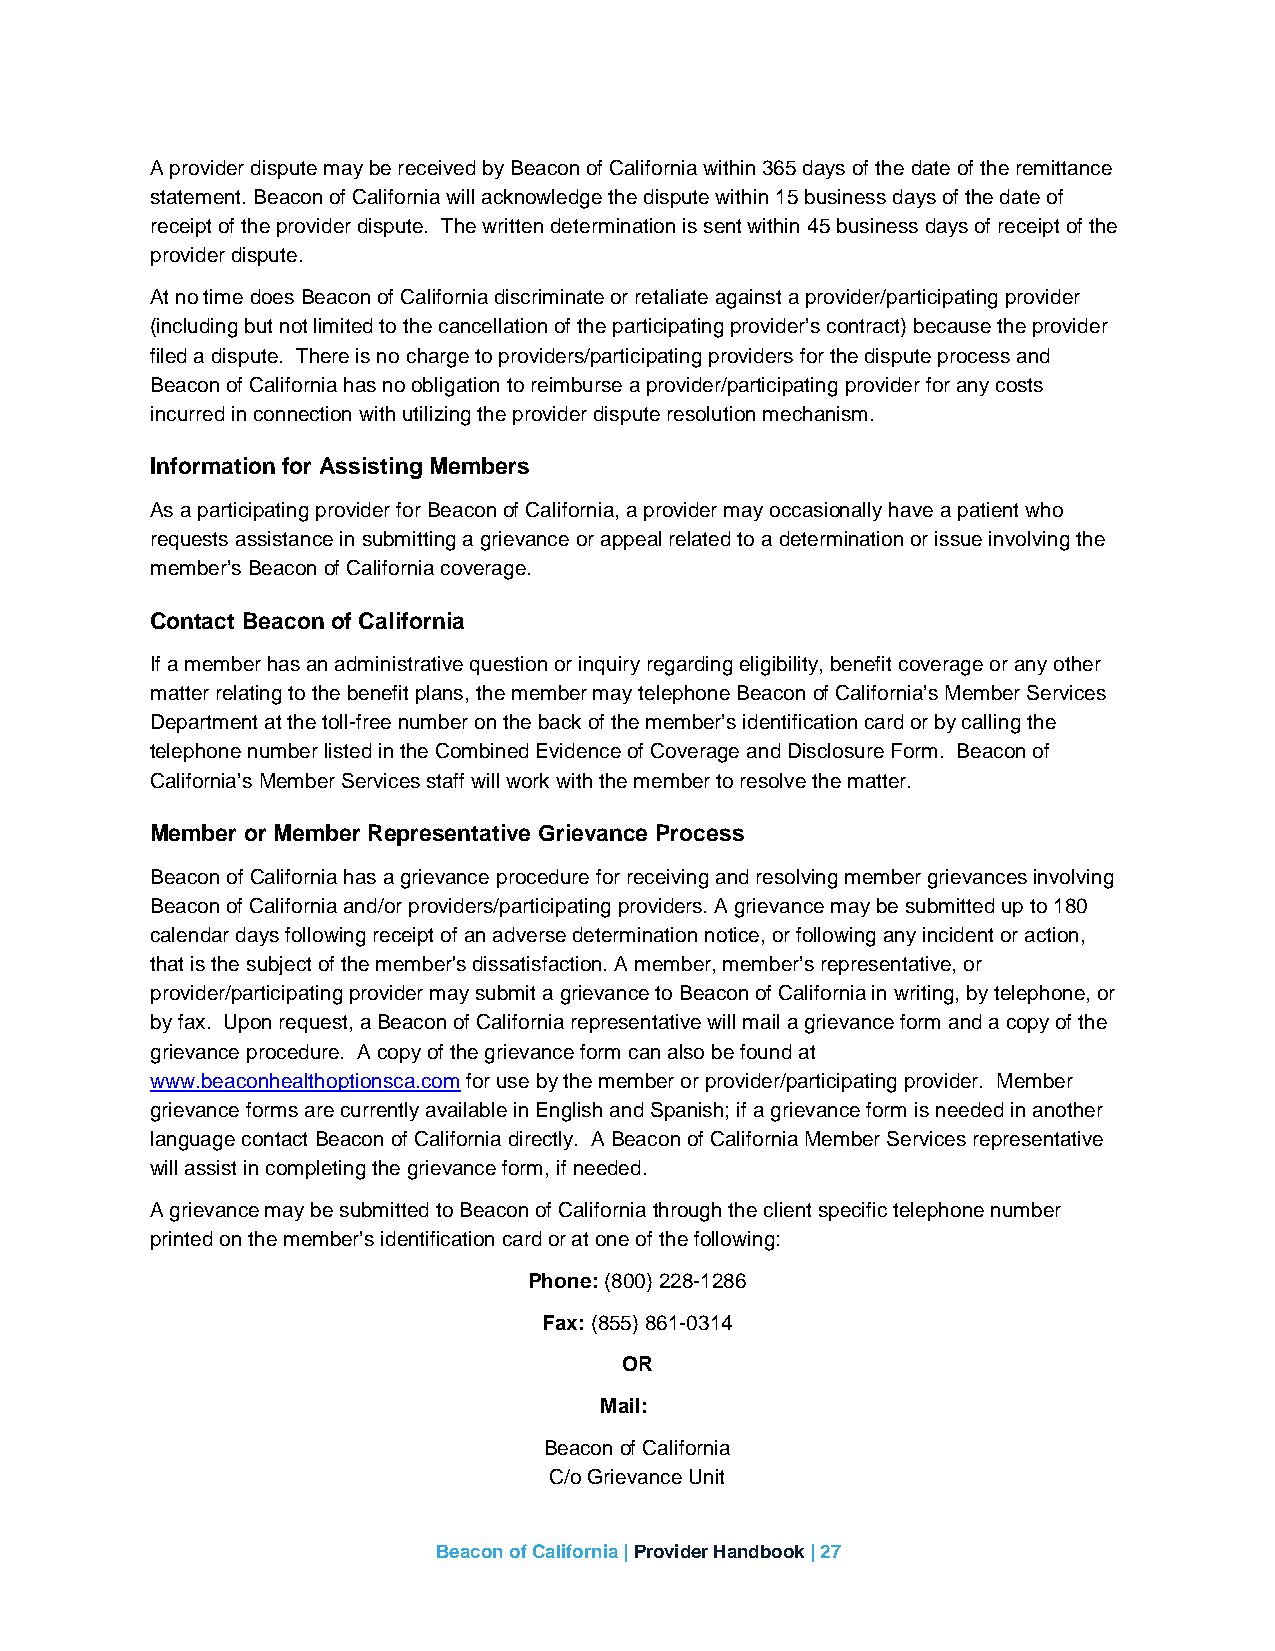
A provider dispute may be received by Beacon of California within 365 days of the date of the remittance
 statement. Beacon of California will acknowledge the dispute within 15 business days of the date of
 receipt of the provider dispute. The written determination is sent within 45 business days of receipt of the
 provider dispute.
 At no time does Beacon of California discriminate or retaliate against a provider/participating provider
 (including but not limited to the cancellation of the participating provider’s contract) because the provider
 filed a dispute. There is no charge to providers/participating providers for the dispute process and
 Beacon of California has no obligation to reimburse a provider/participating provider for any costs
 incurred in connection with utilizing the provider dispute resolution mechanism.
 Information for Assisting Members
 As a participating provider for Beacon of California, a provider may occasionally have a patient who
 requests assistance in submitting a grievance or appeal related to a determination or issue involving the
 member’s Beacon of California coverage.
 Contact Beacon of California
 If a member has an administrative question or inquiry regarding eligibility, benefit coverage or any other
 matter relating to the benefit plans, the member may telephone Beacon of California’s Member Services
 Department at the toll-free number on the back of the member’s identification card or by calling the
 telephone number listed in the Combined Evidence of Coverage and Disclosure Form. Beacon of
 California’s Member Services staff will work with the member to resolve the matter.
 Member or Member Representative Grievance Process
 Beacon of California has a grievance procedure for receiving and resolving member grievances involving
 Beacon of California and/or providers/participating providers. A grievance may be submitted up to 180
 calendar days following receipt of an adverse determination notice, or following any incident or action,
 that is the subject of the member's dissatisfaction. A member, member’s representative, or
 provider/participating provider may submit a grievance to Beacon of California in writing, by telephone, or
 by fax. Upon request, a Beacon of California representative will mail a grievance form and a copy of the
 grievance procedure. A copy of the grievance form can also be found at
 www.beaconhealthoptionsca.com for use by the member or provider/participating provider. Member
 grievance forms are currently available in English and Spanish; if a grievance form is needed in another
 language contact Beacon of California directly. A Beacon of California Member Services representative
 will assist in completing the grievance form, if needed.
 A grievance may be submitted to Beacon of California through the client specific telephone number
 printed on the member’s identification card or at one of the following:
 Phone: (800) 228-1286
 Fax: (855) 861-0314
 OR
 Mail:
 Beacon of California
 C/o Grievance Unit
 Beacon of California | Provider Handbook | 27